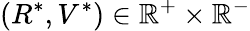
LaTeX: (R^{*},V^{*})\in\mathbb R^{+}\times\mathbb R^{-}